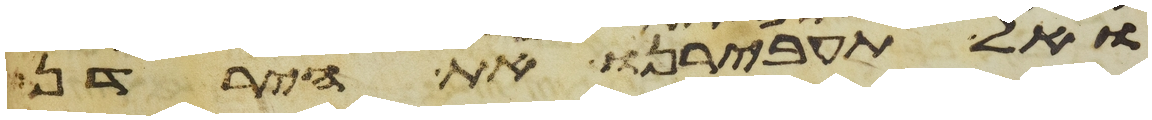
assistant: ואל תעבירנו את הירדן